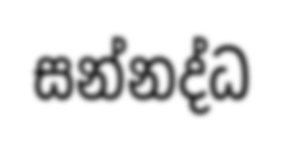
සන්නද්ධ